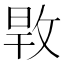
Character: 𢽎